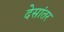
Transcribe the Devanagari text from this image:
देसांतर